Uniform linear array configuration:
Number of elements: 32
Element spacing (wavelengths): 1
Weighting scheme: kaiser
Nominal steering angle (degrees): -45
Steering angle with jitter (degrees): -43.114
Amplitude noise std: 0.05
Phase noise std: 0.05

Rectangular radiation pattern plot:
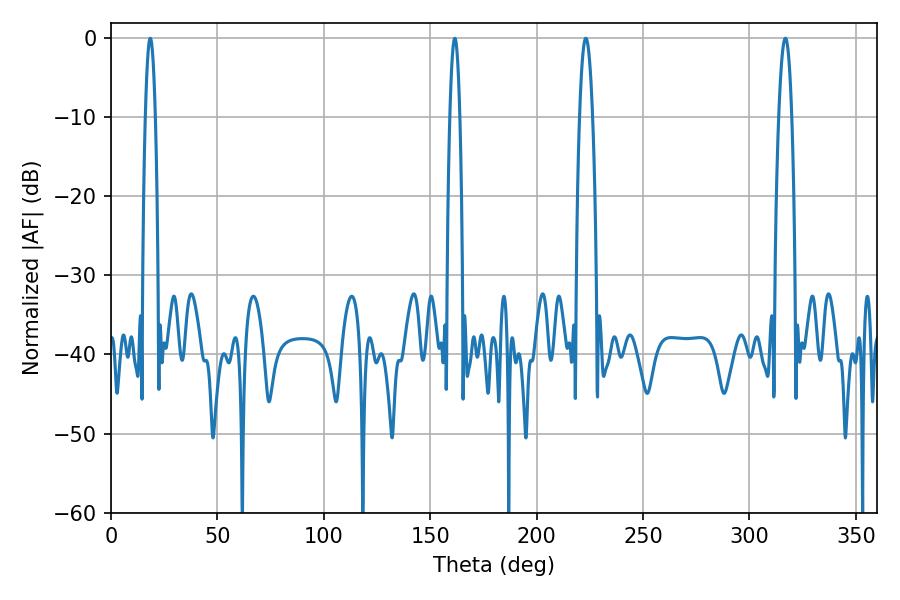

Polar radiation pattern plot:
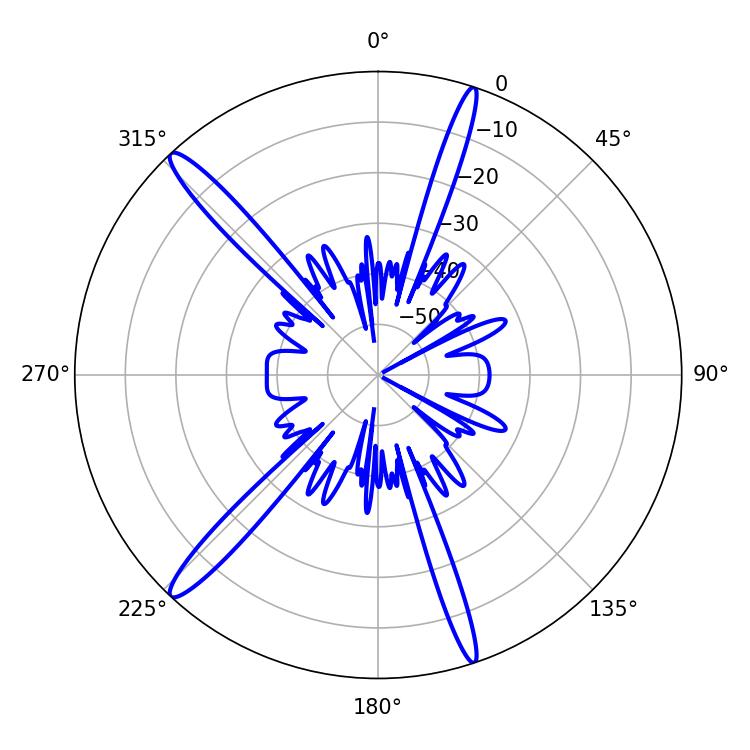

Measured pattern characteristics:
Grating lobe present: TRUE
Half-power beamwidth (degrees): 3.42
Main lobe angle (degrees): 316.8